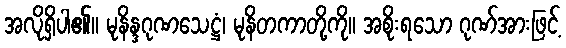
အလိုရှိပါ၏။ မုနိန္ဒဂုဏသေဋ္ဌံ၊ မုနိတကာတို့ကို။ အစိုးရသော ဂုဏ်အားဖြင့်